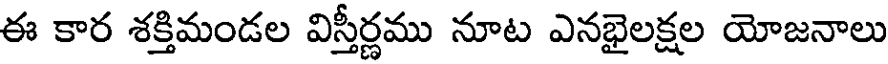
ఈ కార శక్తిమండల విస్తీర్ణము నూట ఎనభైలక్షల యోజనాలు